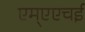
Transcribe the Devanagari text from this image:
एम्एएचई